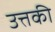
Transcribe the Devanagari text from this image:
उत्तकी